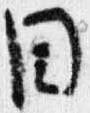
目